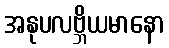
အနုပလဗ္ဘိယမာနော